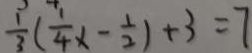
\frac { 1 } { 3 } ( \frac { 1 } { 4 } x - \frac { 1 } { 2 } ) + 3 = 7